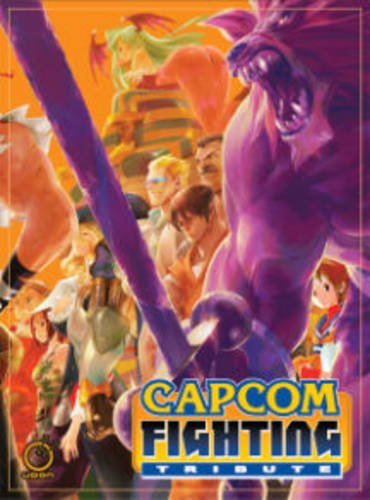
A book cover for Capcom Fighting Tribute; Udon; Arts & Photography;